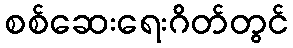
စစ်ဆေးရေးဂိတ်တွင်